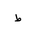
Letter: _da